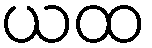
ယထ